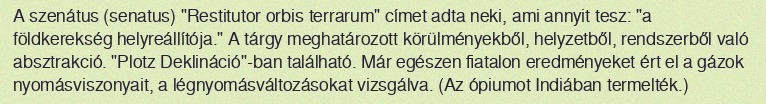
A szenátus (senatus) "Restitutor orbis terrarum" címet adta neki, ami annyit tesz: "a földkerekség helyreállítója." A tárgy meghatározott körülményekből, helyzetből, rendszerből való absztrakció. "Plotz Deklináció"-ban található. Már egészen fiatalon eredményeket ért el a gázok nyomásviszonyait, a légnyomásváltozásokat vizsgálva. (Az ópiumot Indiában termelték.)